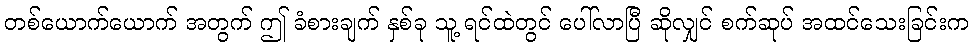
တစ်ယောက်ယောက် အတွက် ဤ ခံစားချက် နှစ်ခု သူ့ ရင်ထဲတွင် ပေါ်လာပြီ ဆိုလျှင် စက်ဆုပ် အထင်သေးခြင်းက